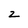
Character: 2